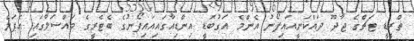
ތްރީޑީ ޓަޗްގެ ޖާދޫ ދައްކަނީއައިފޯނު އެންމެ އަގުބޮޑީ އިންޑިއާގައިއައިފޯނުގެ ބެޓެރީގެ މައްސަލާގައި އެޕަލް